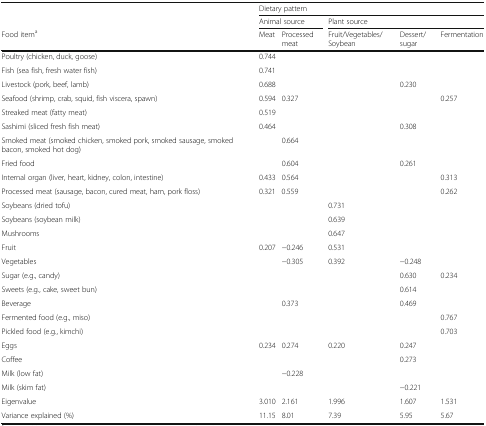
<table><thead><tr><td></td><td colspan="5"><b>Dietary pattern</b></td></tr><tr><td></td><td colspan="2"><b>Animal source</b></td><td colspan="3"><b>Plant source</b></td></tr><tr><td><b>Food item<sup>a</sup></b></td><td><b>Meat</b></td><td><b>Processed meat</b></td><td><b>Fruit/Vegetables/Soybean</b></td><td><b>Dessert/sugar</b></td><td><b>Fermentation</b></td></tr></thead><tbody><tr><td>Poultry (chicken, duck, goose)</td><td>0.744</td><td></td><td></td><td></td><td></td></tr><tr><td>Fish (sea fish, fresh water fish)</td><td>0.741</td><td></td><td></td><td></td><td></td></tr><tr><td>Livestock (pork, beef, lamb)</td><td>0.688</td><td></td><td></td><td>0.230</td><td></td></tr><tr><td>Seafood (shrimp, crab, squid, fish viscera, spawn)</td><td>0.594</td><td>0.327</td><td></td><td></td><td>0.257</td></tr><tr><td>Streaked meat (fatty meat)</td><td>0.519</td><td></td><td></td><td></td><td></td></tr><tr><td>Sashimi (sliced fresh fish meat)</td><td>0.464</td><td></td><td></td><td>0.308</td><td></td></tr><tr><td>Smoked meat (smoked chicken, smoked pork, smoked sausage, smoked bacon, smoked hot dog)</td><td></td><td>0.664</td><td></td><td></td><td></td></tr><tr><td>Fried food</td><td></td><td>0.604</td><td></td><td>0.261</td><td></td></tr><tr><td>Internal organ (liver, heart, kidney, colon, intestine)</td><td>0.433</td><td>0.564</td><td></td><td></td><td>0.313</td></tr><tr><td>Processed meat (sausage, bacon, cured meat, ham, pork floss)</td><td>0.321</td><td>0.559</td><td></td><td></td><td>0.262</td></tr><tr><td>Soybeans (dried tofu)</td><td></td><td></td><td>0.731</td><td></td><td></td></tr><tr><td>Soybeans (soybean milk)</td><td></td><td></td><td>0.639</td><td></td><td></td></tr><tr><td>Mushrooms</td><td></td><td></td><td>0.647</td><td></td><td></td></tr><tr><td>Fruit</td><td>0.207</td><td>−0.246</td><td>0.531</td><td></td><td></td></tr><tr><td>Vegetables</td><td></td><td>−0.305</td><td>0.392</td><td>−0.248</td><td></td></tr><tr><td>Sugar (e.g., candy)</td><td></td><td></td><td></td><td>0.630</td><td>0.234</td></tr><tr><td>Sweets (e.g., cake, sweet bun)</td><td></td><td></td><td></td><td>0.614</td><td></td></tr><tr><td>Beverage</td><td></td><td>0.373</td><td></td><td>0.469</td><td></td></tr><tr><td>Fermented food (e.g., miso)</td><td></td><td></td><td></td><td></td><td>0.767</td></tr><tr><td>Pickled food (e.g., kimchi)</td><td></td><td></td><td></td><td></td><td>0.703</td></tr><tr><td>Eggs</td><td>0.234</td><td>0.274</td><td>0.220</td><td>0.247</td><td></td></tr><tr><td>Coffee</td><td></td><td></td><td></td><td>0.273</td><td></td></tr><tr><td>Milk (low fat)</td><td></td><td>−0.228</td><td></td><td></td><td></td></tr><tr><td>Milk (skim fat)</td><td></td><td></td><td></td><td>−0.221</td><td></td></tr><tr><td>Eigenvalue</td><td>3.010</td><td>2.161</td><td>1.996</td><td>1.607</td><td>1.531</td></tr><tr><td>Variance explained (%)</td><td>11.15</td><td>8.01</td><td>7.39</td><td>5.95</td><td>5.67</td></tr></tbody></table>